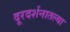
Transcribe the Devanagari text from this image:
दूरदर्शनातल्या